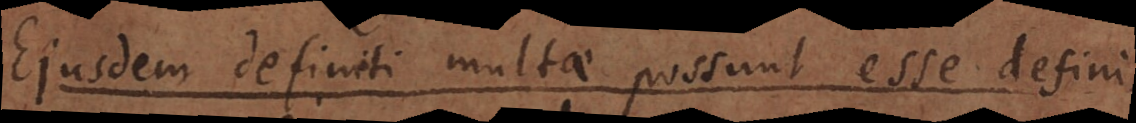
Ejusdem definiti multae possunt esse defini